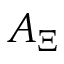
A _ { \Xi }